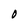
Character: O